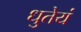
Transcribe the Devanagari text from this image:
धुतेयं